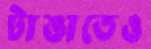
টাঙাতেও